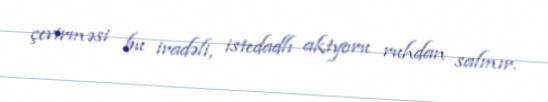
çevirməsi bu iradəli, istedadlı aktyoru ruhdan salmır.